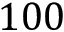
1 0 0